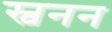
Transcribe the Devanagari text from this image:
स्वनन